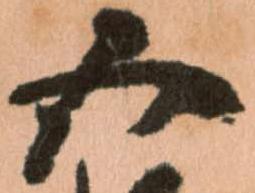
五